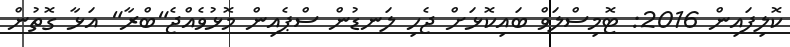
ކޮލިފައިން 2016: ޓޮމިސްލަވް ބައިކޮޅަށް ޖެހި ލަނޑުން ސްޕެއިން މޮޅުވެއްޖެ"ބްރާ" އަޅާ ގޮތުން